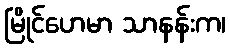
မြိုင်ဟေမာ သာနန်းက၊